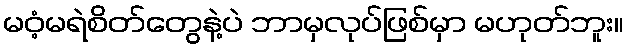
မဝံ့မရဲစိတ်တွေနဲ့ပဲ ဘာမှလုပ်ဖြစ်မှာ မဟုတ်ဘူး။